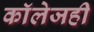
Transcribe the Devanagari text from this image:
काॅलेजही